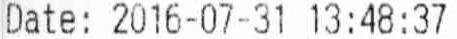
DATE: 2016-07-31 13:48:37